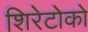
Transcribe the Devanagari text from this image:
शिरेटोको